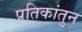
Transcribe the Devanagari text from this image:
प्रतिकांतुन